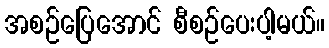
အစဉ်ပြေအောင် စီစဉ်ပေးပါ့မယ်။